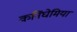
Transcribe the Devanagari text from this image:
कनिंघेमिया